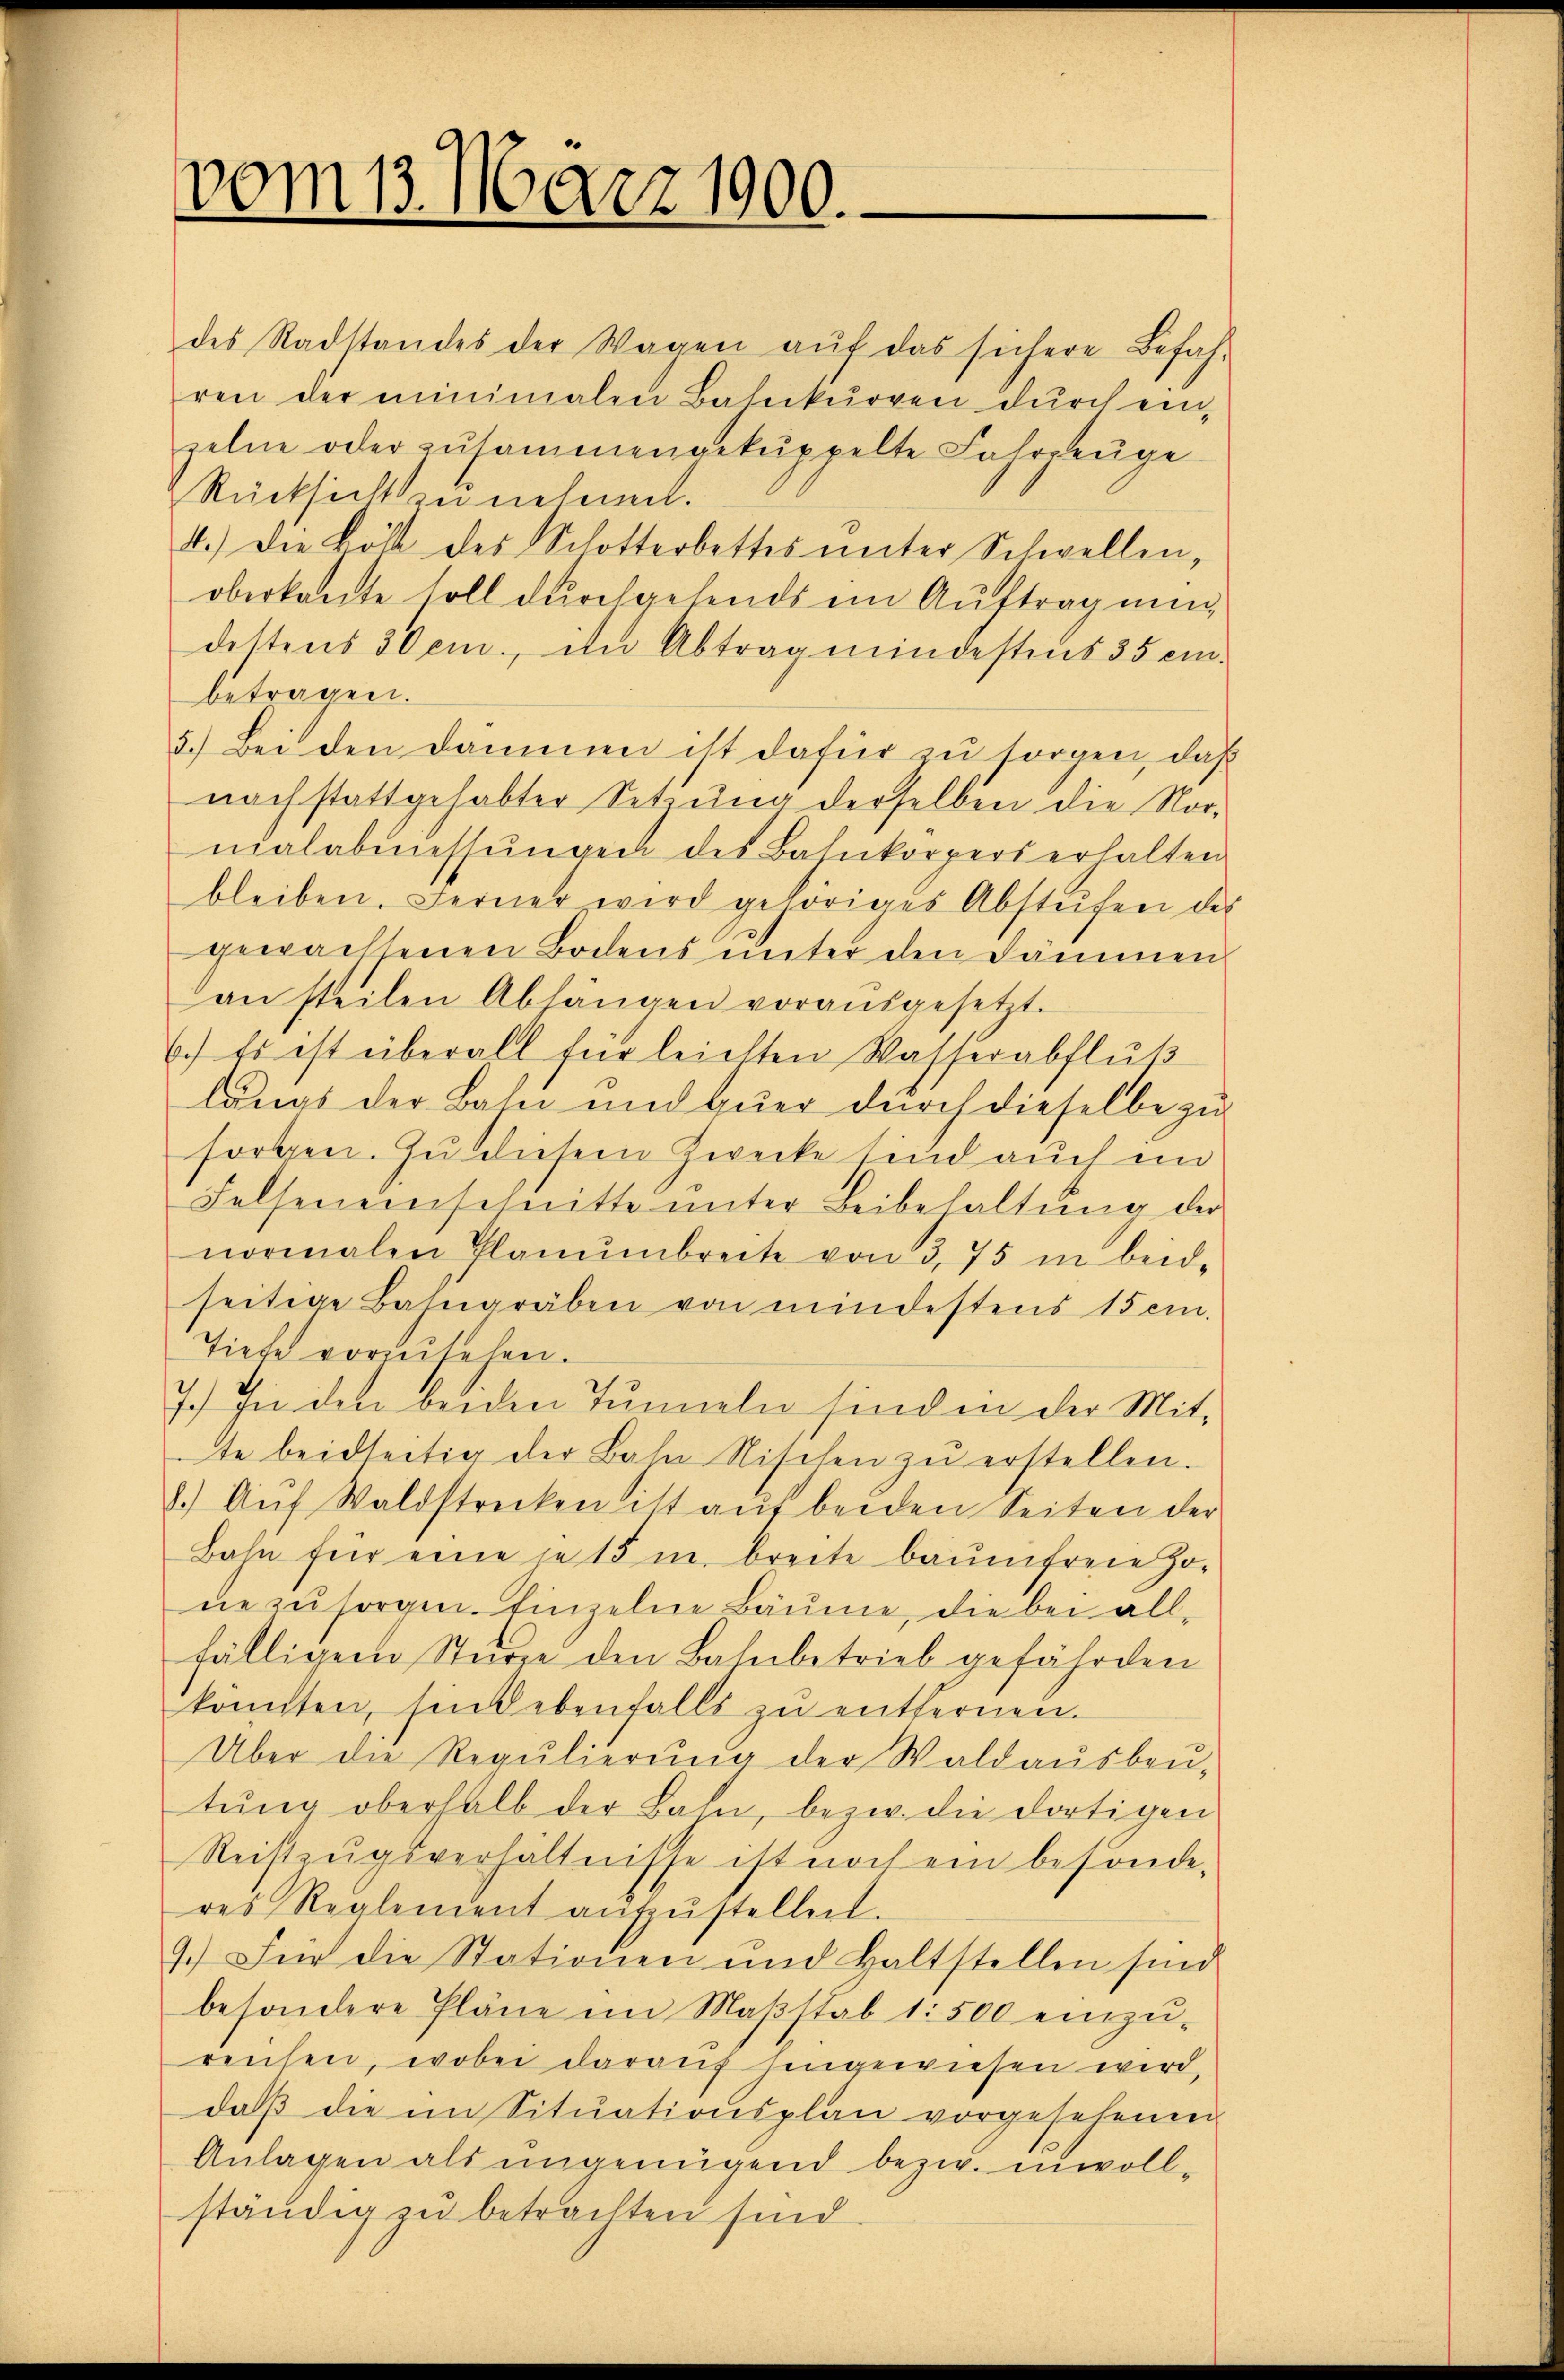
vom 13. März 1900.

des Radstandes der Wagen aŭf das sichere Befah-
ren der minimalen Baleckŭrren dŭrch ein-
zelne oder zusammengekuppelte Fahrzeuge
Rücksicht zu nehmen.
4.) Die Löst des Schotterbettes unter Schwellen,
oberkante soll durchgehends ein Auftrag nun,
destens 30 cm., im Abtrag mindestens 35 embetragen.
5.) Bei den Dammen ist dafür zu sorgen, daß
nach stattgehabter Setzung derselben die Nor-
mialabmessungen des Bahnkörpers erhalten
bleiben. Ferner wird gehöriges Abstufen des
gewachsenen Bodens unter den Dämmen
an steilen Abhängen vorausgesetzt.
6.) Es ist überall für leichten Wasserabflŭβ
längs der Bahn und Euer durch dieselbe zu
sorgen. Zu diesem Zwecke sind auch in
Felseneinschnitte unter Beibehaltung der
normalen Planŭmbreite von 3, 75 in beid-
seitige Bahngräben von mindestens 15 cm.
Tiefe vorzusehen.
7.) In den beiden Tunneln sind in der Mit-
te beidseitig der Bahn Nischen zŭ erstellen.
8. Aŭf Waldstrecken ist aŭf beiden Seiten der
Bahn für eine je 15 m breite baumfreie Zo-
ne zu sorgen. Einzelne Bäume, die bei all-
fälligen Stürze den Bahnbetrieb gefährden
könnten, sind ebenfalls zu entfernen.
Über die Regŭlierŭng der Waldaŭsbeŭ-
tŭng oberhalb der Bahn, bezw. die dortigen
Reistzŭgsverhältnisse ist noch ein besonderes Reglement aŭfzŭstellen.
9.) Für die Stationen und haltstellen sind
besondere Pläne im Maβstab 1:500 einzŭ-
reichen, wobei darauf hingewiesen wird,
daβ die im Sitŭationsplan vorgesehenen
Anlagen als ungenügend bezw. unvollständig zu betrachten sind